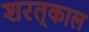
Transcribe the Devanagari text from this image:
शरत्‌काल